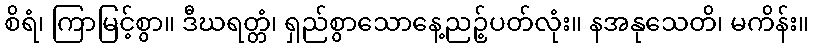
စိရံ၊ ကြာမြင့်စွာ။ ဒီဃရတ္တံ၊ ရှည်စွာသောနေ့ညဉ့်ပတ်လုံး။ နအနုသေတိ၊ မကိန်း။